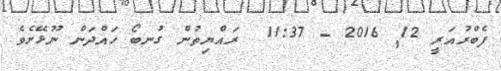
ފެބްރުއަރީ 12